Report on vaccination in Madras 1904-1921 - 1904-1921
Year: 1904
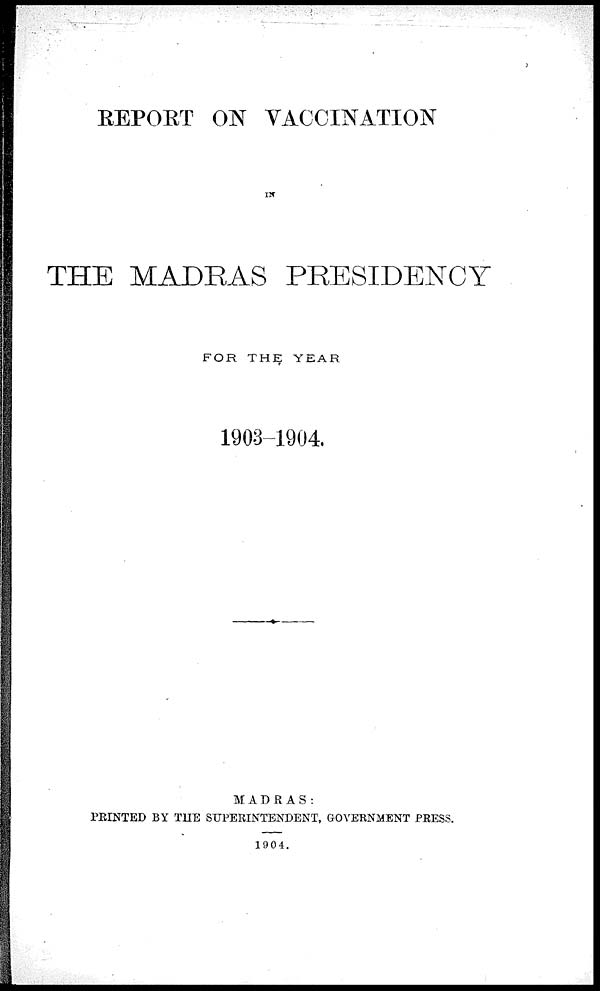
REPORT ON VACCINATION
IN
THE MADRAS PRESIDENCY
FOR THE YEAR
1903-1904
MADRAS:
PRINTED BY THE SUPERINTENDENT, GOVERNMENT PRESS.
1904.